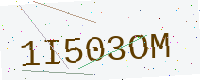
Text: 1I503OM